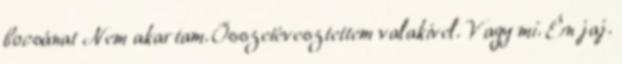
bocsánat Nem akartam. Összetévesztettem valakivel. Vagy mi. Én jaj.